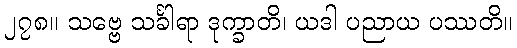
၂၇၈။ သဗ္ဗေ သင်္ခါရာ ဒုက္ခာတိ၊ ယဒါ ပညာယ ပဿတိ။